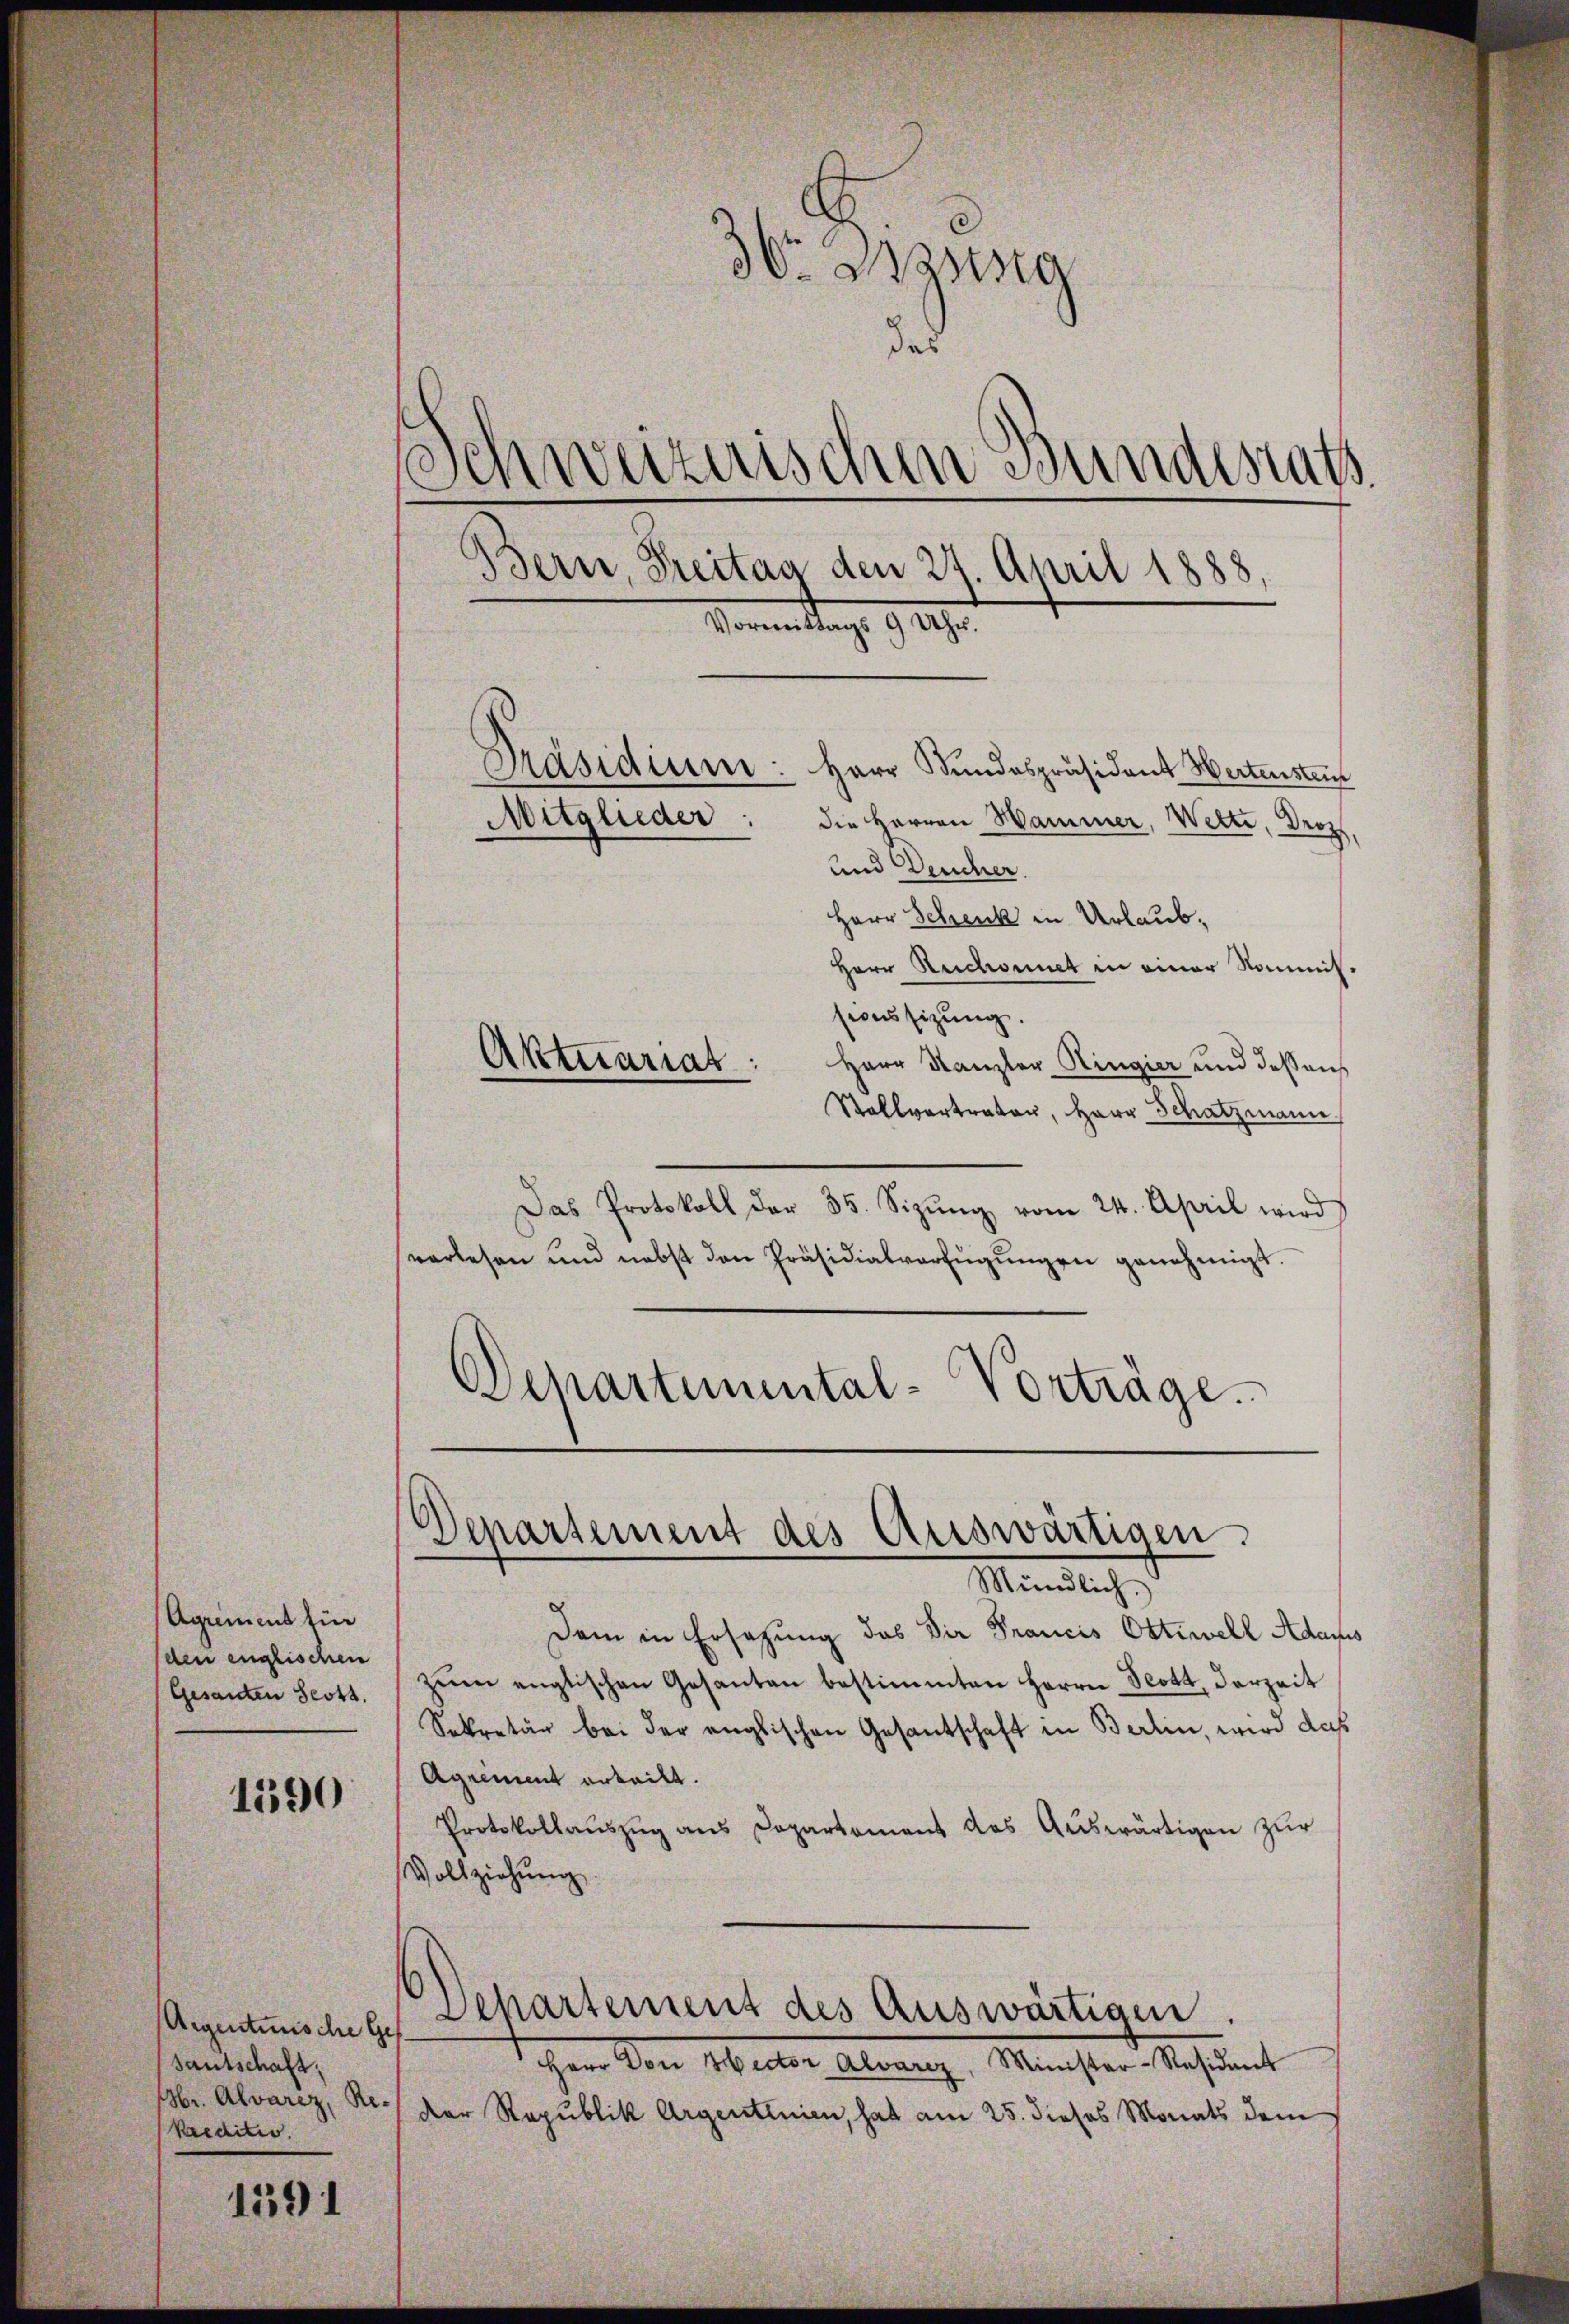
Agrement für
(den englischen
Gesandten Seott.

1390

Aigentunische Ges
Sautschaft,
br. Alvarez, Rekreditio

1591

36 Massg
das
Schweizerischen Bundesrath
Bern, Treitag den 27. April 1888
Kommittags 9 Uhr.
Präsidium: Herr Bundespräsident Wertensten
Mitglieder:
die Herren Hammer, Wette, Droz,
und Deucher.

Herr Schenk in Urlaub¬
Herr Ruchornet in einer Kommissionssizung.
Herr Kanzler Ringier und dessen
Stallvertraten, Herr Schatzmann
Das Protokoll der 35. Sizŭng vom 24. April wird
verlesen und nebst den Präsidialverfügŭngen genehmigt.
Departemental-Vorträge.

Aktuariat

Departement des Auswärtigen
Mintlich d

Dem in Ersezung das Dir Francis Ottiwell Adams
zŭm englischen Gesanten bestimmten Herrn Scott, derzeit
Sekretär bei der englischen Gesantschaft in Berlin, wird das
Agrement erteilt.
Protokollauszug aus Capartement des Auswärtigen zur
Vollziehung
Departement des Auswärtigen.
 Don Brector Alvarez, Minister-Resident
der Republik Argentinien, hat am 25. dieses Monats dem